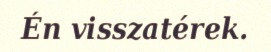
Én visszatérek.